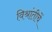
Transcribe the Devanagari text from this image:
विश्रांतीचें